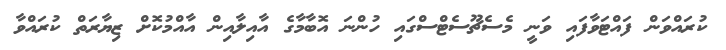
ކުރައްވަން ފައްޓަވާފައި ވަނީ މެސެޗޫސެޓްސްގައި ހުންނަ އޮބާމާގެ އާއިލާއިން އާއްމުކޮށް ޒިޔާރަތް ކުރައްވާ